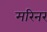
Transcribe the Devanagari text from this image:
मरिनर